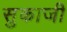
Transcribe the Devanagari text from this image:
सुकाजी